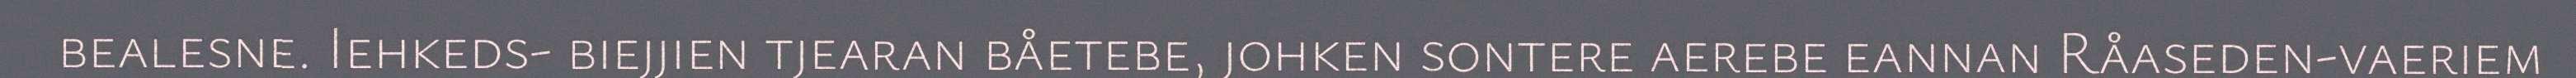
bealesne. Iehkeds- biejjien tjearan båetebe, johken sontere aerebe eannan Råaseden-vaeriem